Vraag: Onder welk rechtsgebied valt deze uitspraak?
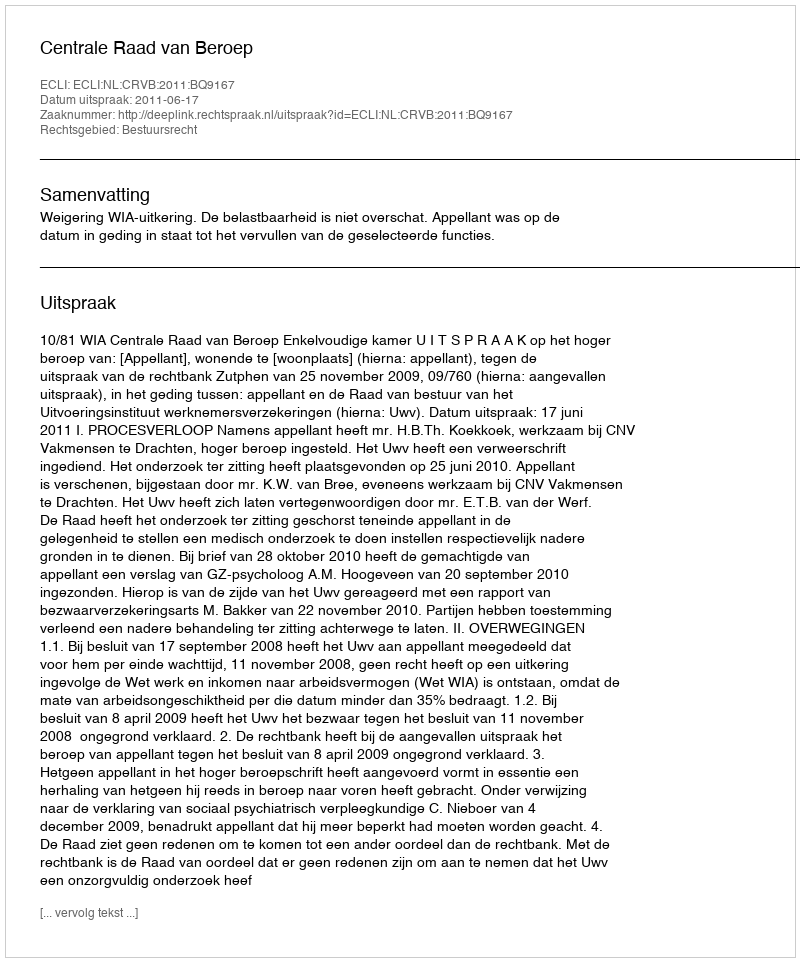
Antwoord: Bestuursrecht